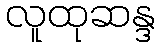
လူထုဆန္ဒ